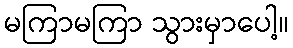
မကြာမကြာ သွားမှာပေါ့။